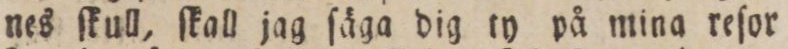
nes ſkull, ſkall jag ſäga dig ty på mina reſor